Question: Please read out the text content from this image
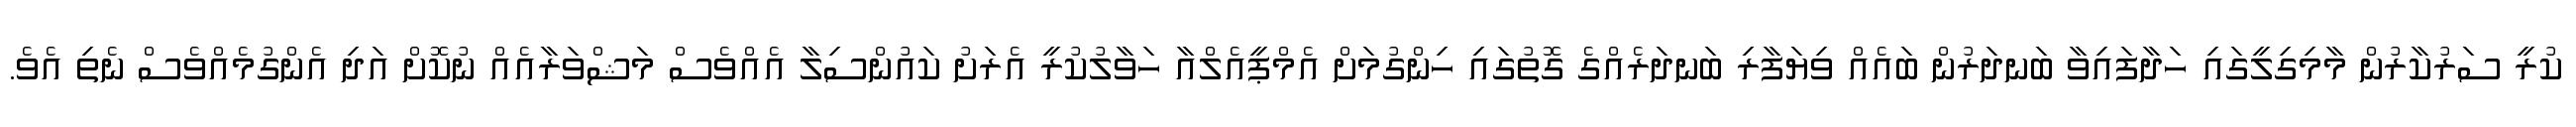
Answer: ކުރީ ސަރުކާރުން މާމިގިލީގައި ހަދާފައިވާ ބަނދަރުން ބައެއް ވިޔަފާރި ބަނދަރެއްގެ ގޮތުގައި ހިންގުމަށް އެމްޕީއެލްއާ ހަވާލުކުރީ އެރަށު ކައުންސިލާ އެއްވެސް މަޝްވަރާއެއް ނުކޮށް އަދި އެންގުމެއްވެސް ނެތި އެވެ.